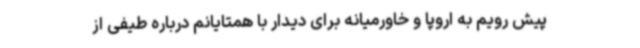
پیش رویم به اروپا و خاورمیانه برای دیدار با همتایانم درباره طیفی از